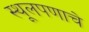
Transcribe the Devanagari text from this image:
स्थूलपणाचे